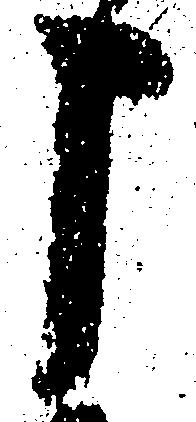
申